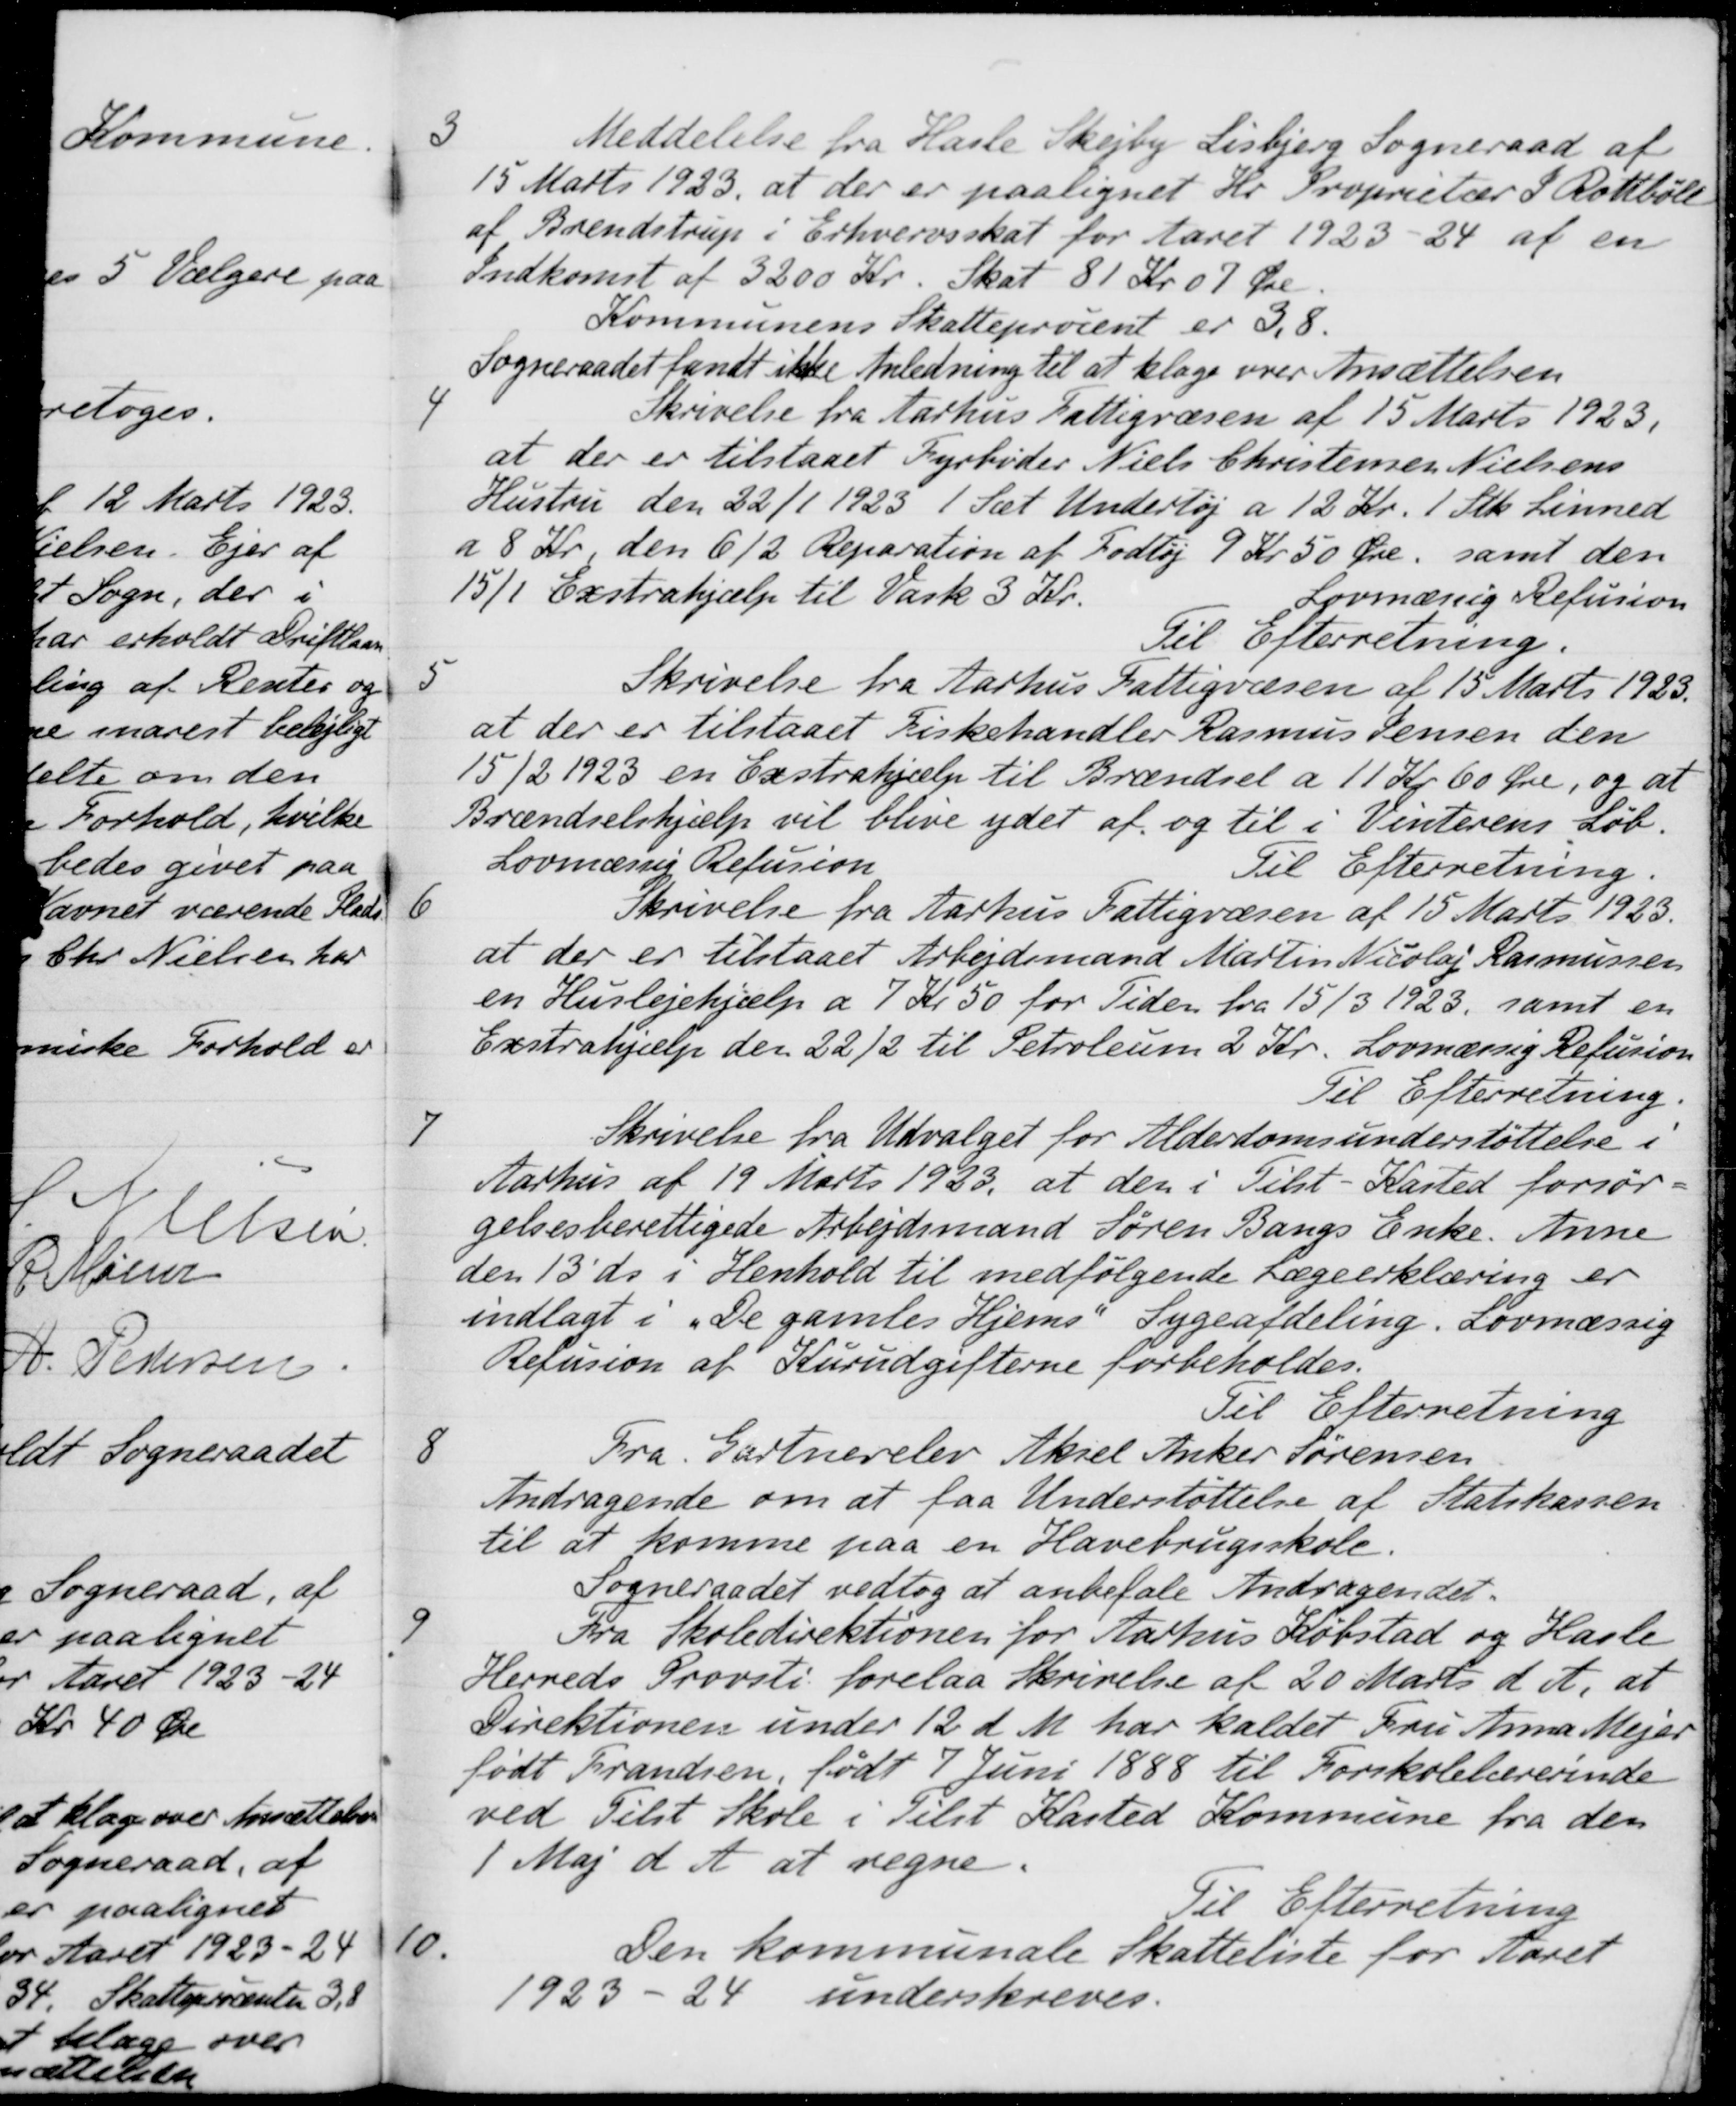
Transskription:
3
Meddelelse fra Hasle Skejby Lisbjerg Sogneraad af
15 Marts 1923, at der er paalignet Hr. Proprietær J Rottbøll
af Brendstrup i Erhvervsskat for Aaret 1923-24 af en
Indkomst af 3200 Kr. Skat 81 Kr 07 Øre.
Kommunens Skatteprocent er 3,8.
Sogneraadet fandt ikke Anledning til at klage over Ansættelsen
4
Skrivelse fra Aarhus Fattigvæsen af 15 Marts 1923.
at der er tilstaaet Fyrbøder Niels Christensen Nielsens
Hustru den 22/1 1923 1 Sæt Undertøj a 12 Kr. 1 Stk. Linned
á 8 Kr. den 6/2 Reparation af Fodtøj 9 Kr 50 Øre, samt den
15/1 Exstrahjælp til Vask 3 Kr.
Lovmæssig Refusion
Til Efterretning.
5
Skrivelse fra Aarhus Fattigvæsen af 15 Marts 1923.
at der er tilstaaet Fiskehandler Rasmus Jensen den
15/2 1923 en Exstrahjælp til Brændsel a 11 Kr 60 Øre, og at
Brændselshjælp vil blive ydet af og til i Vinterens Løb.
Lovmæssig Refusion
Til Efterretning.
6
Skrivelse fra Aarhus Fattigvæsen af 15 Marts 1923.
at der er tilstaaet Arbejdsmand Martin Nicolaj Rasmussen
en Huslejehjælp a 7 Kr 50 for Tiden fra 15/3 1923, samt en
Exstrahjælp den 22/2 til Petroleum 2 Kr. Lovmæssig Refusion
Til Efterretning
7
Skrivelse fra Udvalget for Alderdomsunderstøttelse i
Aarhus af 19 Marts 1933, at den i Tilst-Kasted forsør-
gelsesberettigede Arbejdsmand Søren Bangs Enke Anne
den 13' ds. i Henhold til medfølgende Lægeerklæring er
indlagt i "De gamles Hjems" Sygeafdeling. Lovmæssig
Refusion af Kurudgifterne forbeholdes.
Til Efterretning
8
Fra Gartnerelev Aksel Anker Sørensen
Andragende om at faa Understøttelse af Statskassen
til at komme paa en Havebrugsskole.
Sogneraadet vedtog at anbefale Andragendet.
9
Fra Skoledirektionen for Aarhus Købstad og Hasle
Herreds Provsti forelaa Skrivelse af 20 Marts d. A. at
Direktionen under 12 d. M. har kaldet Fru Anna Mejer
født Brandsen, født 7 Juni 1888 til Forskolelærerinde
ved Tilst Skole i Tilst Kasted Kommune fra den
1 Maj d. A. at regne.
Til Efterretning
10.
Den kommunale Skatteliste for Aaret
1923-24 underskreves.